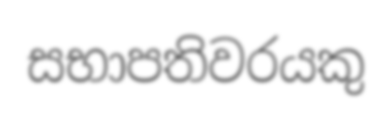
සභාපතිවරයකු